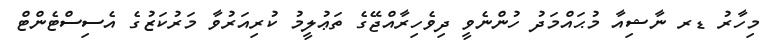
މިހާރު ޑރ ނާޝިއާ މުޙައްމަދު ހުންނެވީ ދިވެހިރާއްޖޭގެ ތަޢުލީމު ކުރިއަރުވާ މަރުކަޒުގެ އެސިސްޓެންޓް